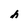
Character: h